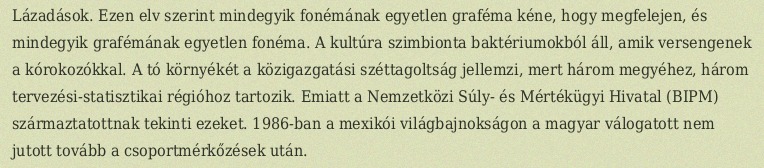
Lázadások. Ezen elv szerint mindegyik fonémának egyetlen graféma kéne, hogy megfelejen, és mindegyik grafémának egyetlen fonéma. A kultúra szimbionta baktériumokból áll, amik versengenek a kórokozókkal. A tó környékét a közigazgatási széttagoltság jellemzi, mert három megyéhez, három tervezési-statisztikai régióhoz tartozik. Emiatt a Nemzetközi Súly- és Mértékügyi Hivatal (BIPM) származtatottnak tekinti ezeket. 1986-ban a mexikói világbajnokságon a magyar válogatott nem jutott tovább a csoportmérkőzések után.